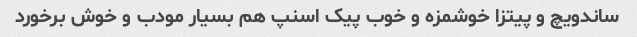
ساندویچ و پیتزا خوشمزه و خوب پیک اسنپ هم بسیار مودب و خوش برخورد